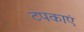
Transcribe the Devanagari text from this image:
टपकाएं